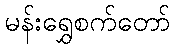
မန်းရွှေစက်တော်